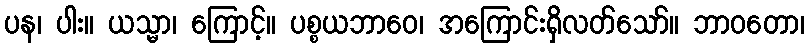
ပန၊ ပါး။ ယသ္မာ၊ ကြောင့်။ ပစ္စယဘာဝေ၊ အကြောင်းရှိလတ်သော်။ ဘာဝတော၊